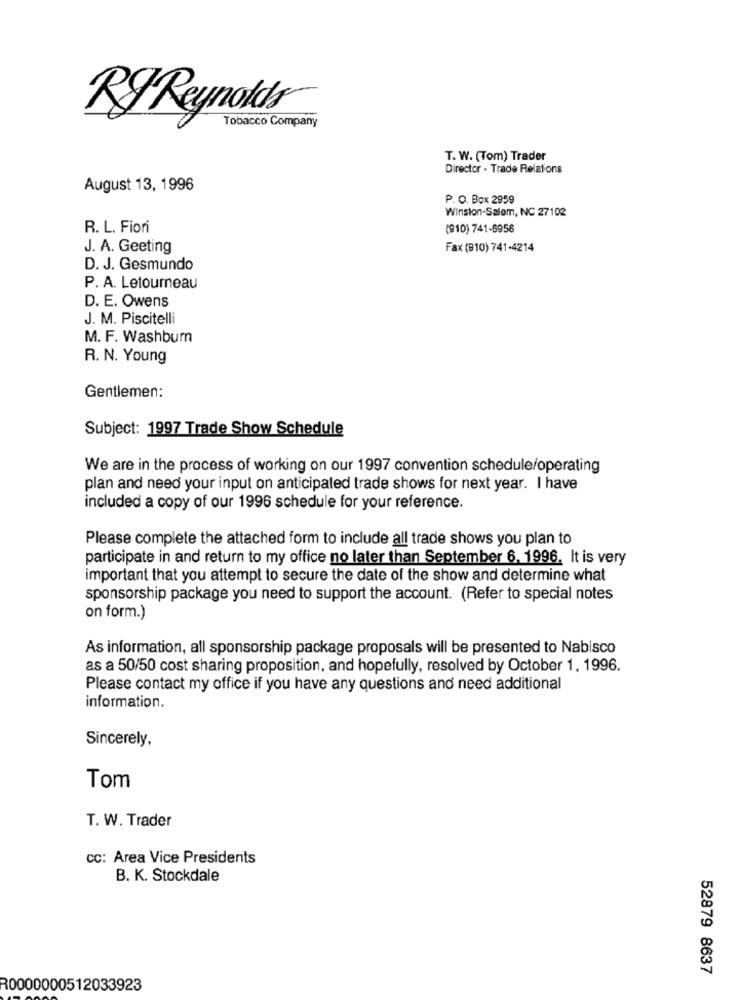
RF Reynolds
Tobacco Company
T. W. (Tom) Trader
Director . Trade Relations
August 13, 1996
P. O. Box 2959
Winston-Salem, NC 27102
R. L. Fiori
(910) 741-6956
J. A. Geeting
Fax (810) 741-4214
D. J. Gesmundo
P. A. Letourneau
D. E. Owens
J. M. Piscitelli
M. F. Washburn
R. N. Young
Gentlemen:
Subject: 1997 Trade Show Schedule
We are in the process of working on our 1997 convention schedule/operating
plan and need your input on anticipated trade shows for next year. I have
included a copy of our 1996 schedule for your reference.
Please complete the attached form to include all trade shows you plan to
participate in and return to my office no later than September 6. 1996. It is very
important that you attempt to secure the date of the show and determine what
sponsorship package you need to support the account. (Refer to special notes
on form.)
As information, all sponsorship package proposals will be presented to Nabisco
as a 50/50 cost sharing proposition, and hopefully, resolved by October 1, 1996.
Please contact my office if you have any questions and need additional
information.
Sincerely,
Tom
T. W. Trader
CC: Area Vice Presidents
B. K. Stockdale
52879 8637
R0000000512033923